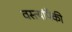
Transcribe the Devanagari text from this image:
वस्त्यांपैकी